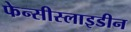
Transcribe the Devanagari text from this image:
फेन्सीस्लाइडीन